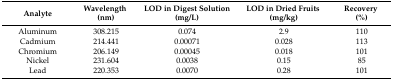
| Analyte | Wavelength (nm) | LOD in Digest Solution (mg/L) | LOD in Dried Fruits (mg/kg) | Recovery (%) |
 | --- | --- | --- | --- | --- |
 | Aluminum | 308.215 | 0.074 | 2.9 | 110 |
 | Cadmium | 214.441 | 0.00071 | 0.028 | 113 |
 | Chromium | 206.149 | 0.00045 | 0.018 | 101 |
 | Nickel | 231.604 | 0.0038 | 0.15 | 85 |
 | Lead | 220.353 | 0.0070 | 0.28 | 101 |